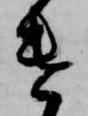
遣